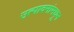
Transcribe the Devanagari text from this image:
उत्पादनांमधून